Punjab Mental Hospital Lahore 1932-46 - 1932-1946
Year: 1932
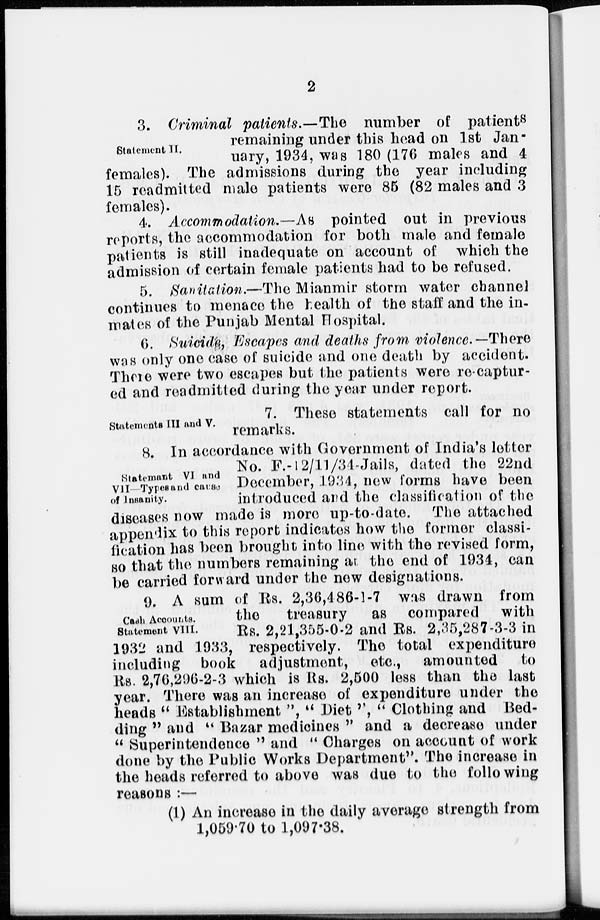
2
Statement II.
3. Criminal patients.—The number of patients
remaining under this head on 1st Jan-
uary, 1934, was 180 (176 males and 4
females). The admissions during the year including
15 readmitted male patients were 85 (82 males and 3
females).
4. Accommodation.—As pointed out in previous
reports, the accommodation for both male and female
patients is still inadequate on account of which the
admission of certain female patients had to be refused.
5. Sanitation.—The Mianmir storm water channel
continues to menace the health of the staff and the in-
mates of the Punjab Mental Hospital.
6. Suicide, Escapes and deaths from violence.—-There
was only one case of suicide and one death by accident.
There were two escapes but the patients were re-captur-
ed and readmitted during the year under report.
Statements III and V.
7. These statements call for no
remarks.
Statement VI and
VII Types and cause
of Insanity.
8. In accordance with Government of India's letter
No. F.-12/11/34-Jails, dated the 22nd
December, 1934, new forms have been
introduced and the classification of the
diseases now made is more up-to-date. The attached
appendix to this report indicates how the former classi-
fication has been brought into line with the revised form,
so that the numbers remaining at the end of 1934, can
be carried forward under the new designations.
Cash Accounts.
Statement VIII.
9. A sum of Rs. 2,36,486-1-7 was drawn from
the
treasury
as compared with
Rs. 2,21,355-0-2 and Rs. 2,35,287-3-3 in
1932 and 1933, respectively. The total expenditure
including book adjustment,
etc., amounted
to
Rs. 2,76,296-2-3 which is Rs. 2,500 less than the last
year. There was an increase of expenditure under the
heads " Establishment ", " Diet '', " Clothing and Bed-
ding " and " Bazar medicines " and a decrease under
" Superintendence " and " Charges on account of work
done by the Public Works Department". The increase in
the heads referred to above was due to the following
reasons :—
(1) An increase in the daily average strength from
1,059.70 to 1,097.38.